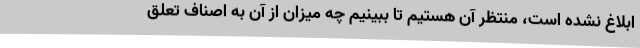
ابلاغ نشده است، منتظر آن هستیم تا ببینیم چه میزان از آن به اصناف تعلق